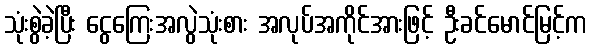
သုံးစွဲခဲ့ပြီး ငွေကြေးအလွဲသုံးစား အလုပ်အကိုင်အားဖြင့် ဦးခင်မောင်မြင့်က